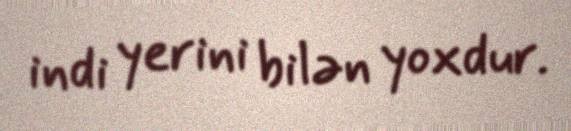
indi yerini bilən yoxdur.